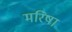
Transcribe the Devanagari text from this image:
मरिषा